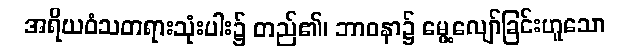
အရိယဝံသတရားသုံးပါး၌ တည်၏၊ ဘာဝနာ၌ မွေ့လျော်ခြင်းဟူသော